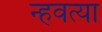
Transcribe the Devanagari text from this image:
न्हवत्या